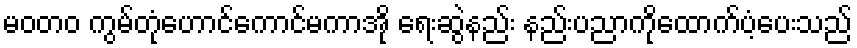
မဝတ၀ ကွမ်တုံဟောင်ကောင်မကာအို ရေးဆွဲနည်း နည်းပညာကိုထောက်ပံ့ပေးသည်